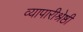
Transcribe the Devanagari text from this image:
व्यापारीश्रेष्ठी